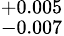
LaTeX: ^{+0.005}_{-0.007}